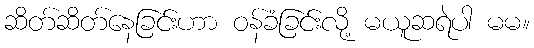
ဆိတ်ဆိတ်နေခြင်းဟာ ဝန်ခံခြင်းလို့ မယူဆရဲပါ မမ။